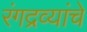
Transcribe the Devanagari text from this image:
रंगद्रव्यांचे